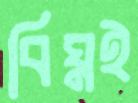
বিঘ্নই